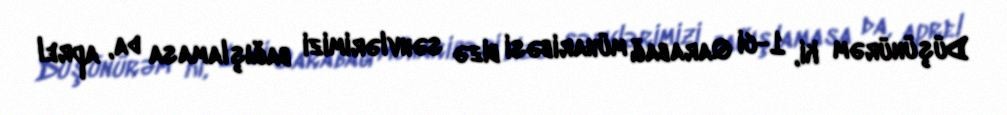
Düşünürəm ki, 1-ci Qarabağ müharibəsi bizə səhvlərimizi bağışlamasa da, aprel